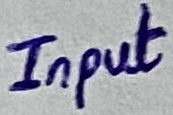
Text: Input